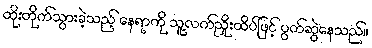
ထိုးတိုက်သွားခဲ့သည့် နေရာကို သူ့လက်ညှိုးထိပ်ဖြင့် ပွတ်ဆွဲနေသည်။